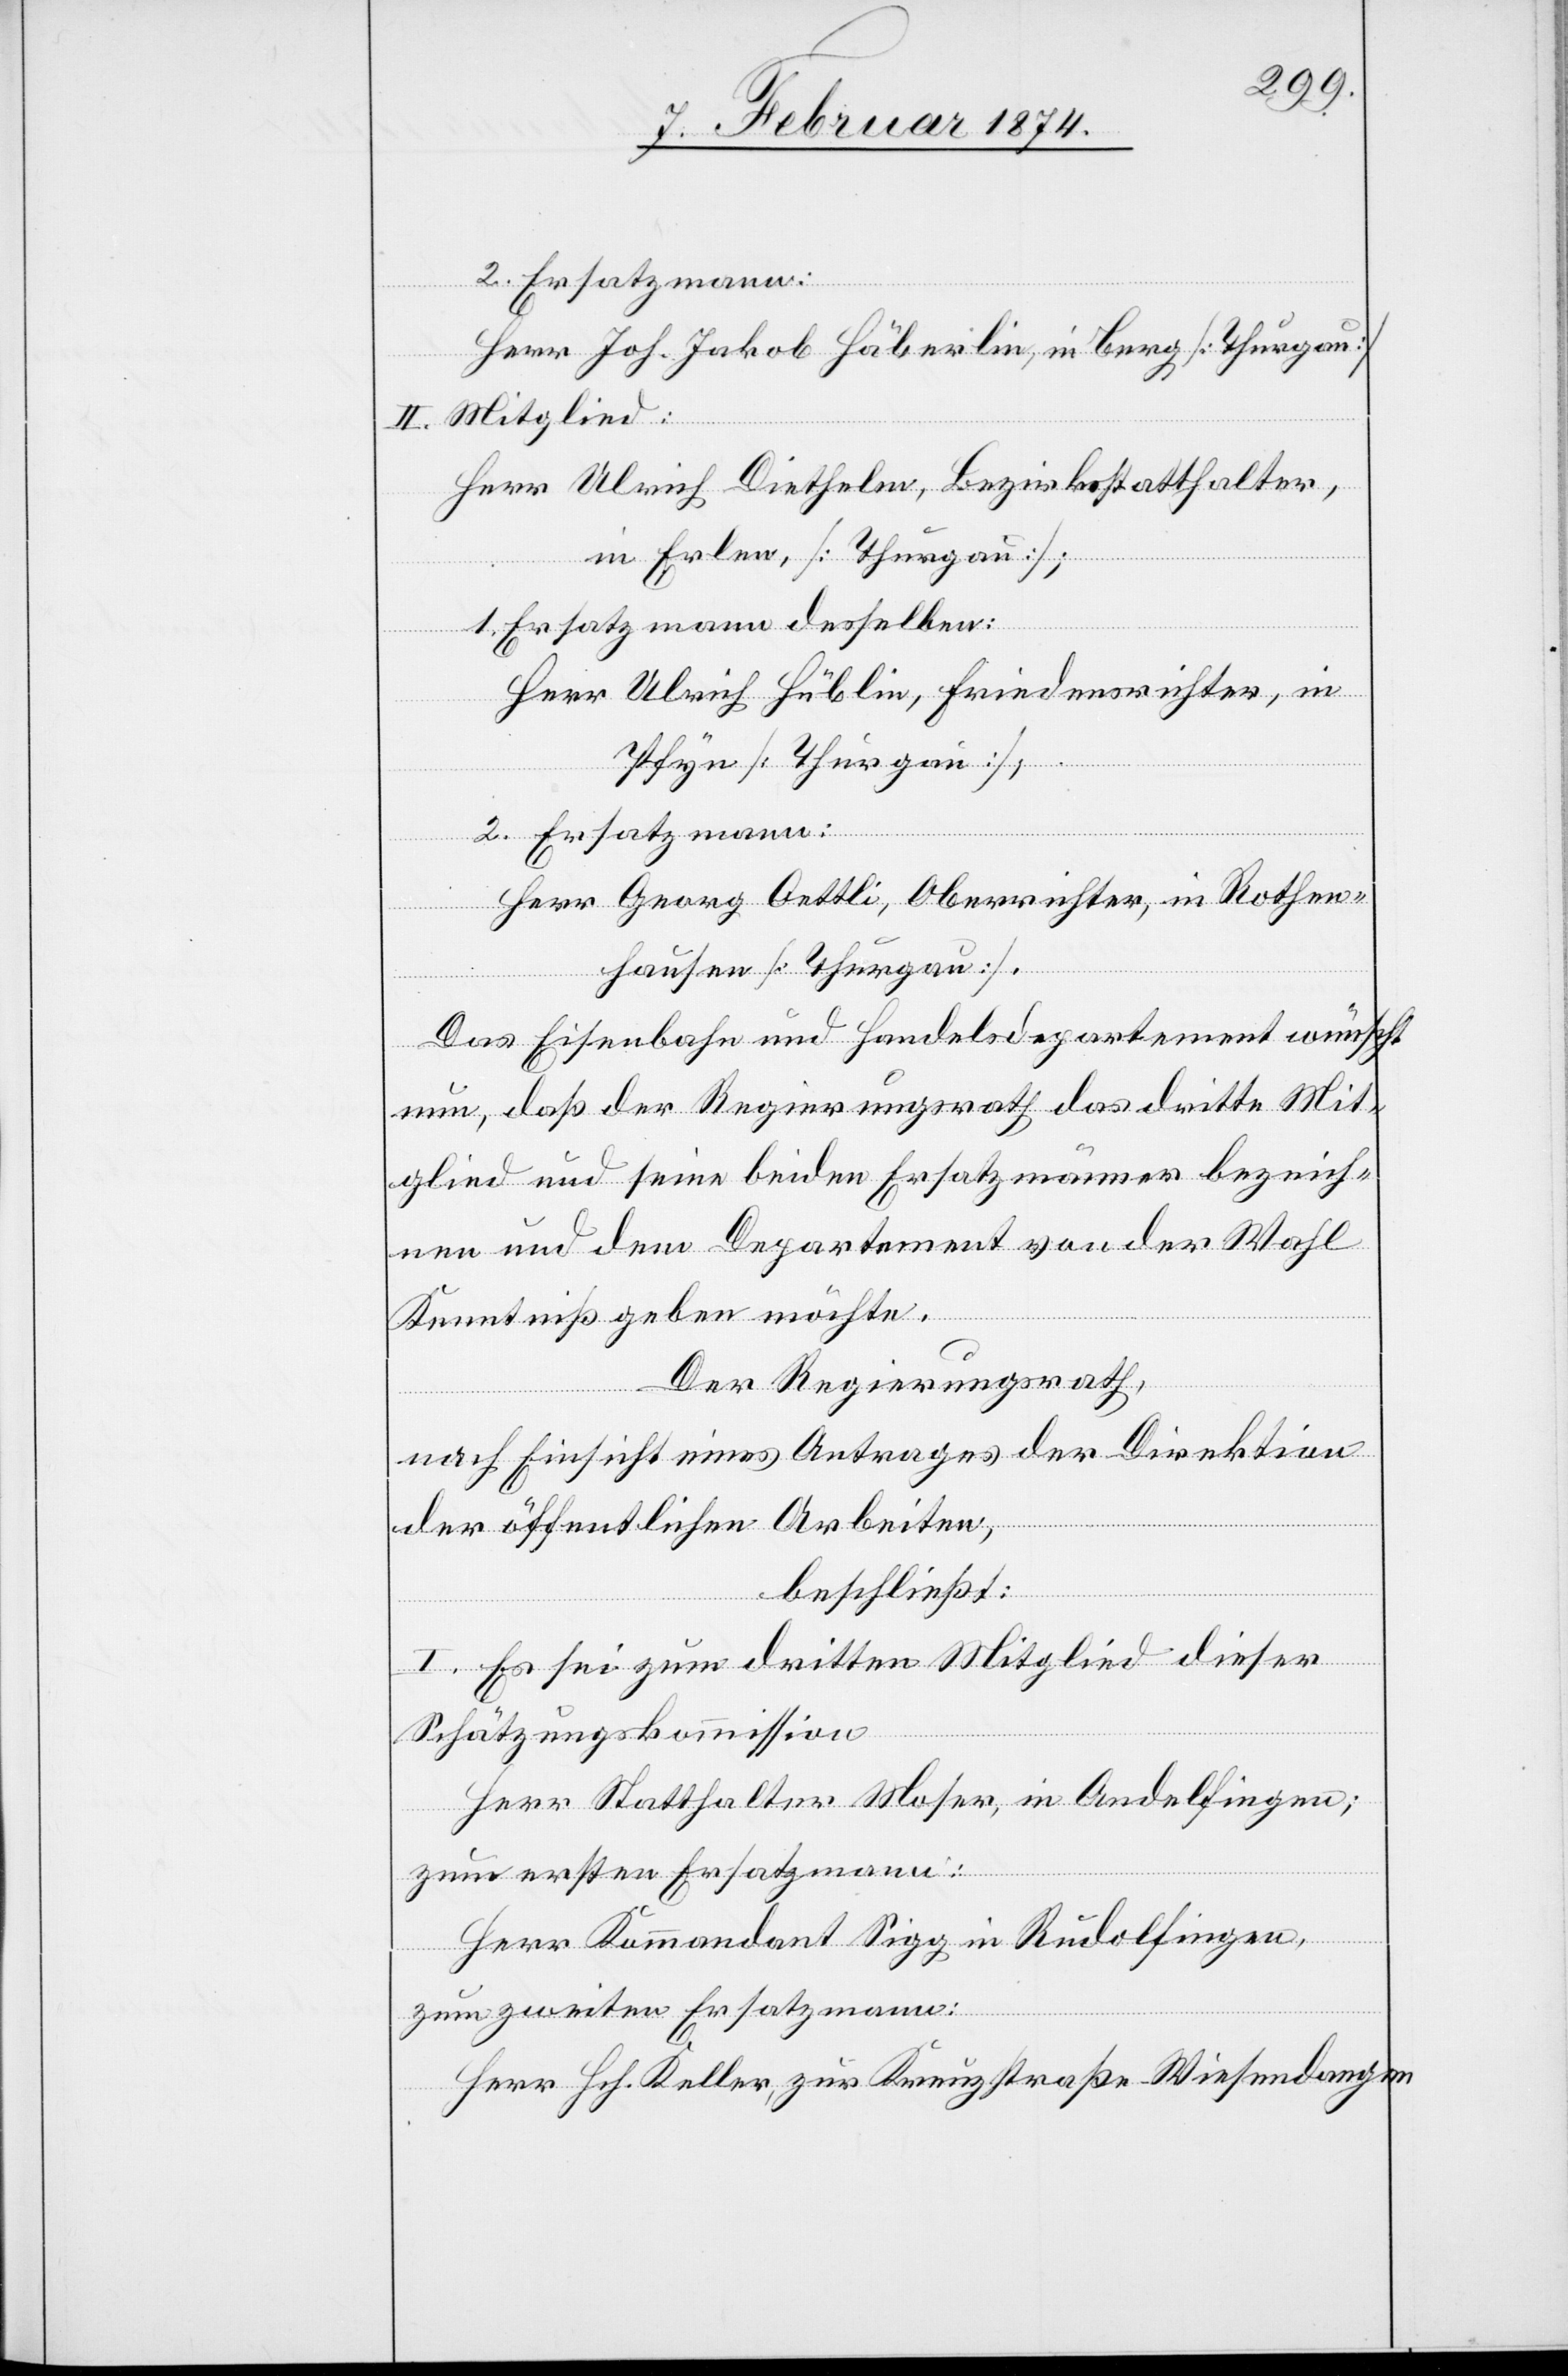
2. Ersatzmann:
Herr Joh. Jakob Häberlin, in Berg [Thurgau]
II. Mitglied:
Herr Ulrich Diethelm, Bezirksstatthalter,
ein Erlen [Thurgau],
Ersatzmann desselben:
Herr Ulrich Hüblin, Friedensrichter, in
Pfyn [Thurgau],
Ersatzmann:
Herr Georg Oettli, Oberrichter, in Rothen¬
hausen [Thurgau].
Das Eisenbahn und Handelsdepartement wünscht
nun, daß der Regierungsrath das dritte Mit¬
glied und seine beiden Ersatzmänner bezeich¬
nen und dem Departement von der Wahl
Kenntniß geben möchte.
Der Regierungsrath,
nach Einsicht eines Antrages der Direktion
der öffentlichen Arbeiten ,
beschließt:
I. Es sei zum dritten Mitglied dieser
Schätzungskommission
Herr Statthalter Moser, in Andelfingen;
zum ersten Ersatzmann:
Herr Kommandant Sigg in Rudolfingen,
zum zweiten Ersatzmann:
Herr Hch. Keller, zur Kreuzstraße Wiesendangen